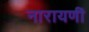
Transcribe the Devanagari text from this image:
नारायणीं